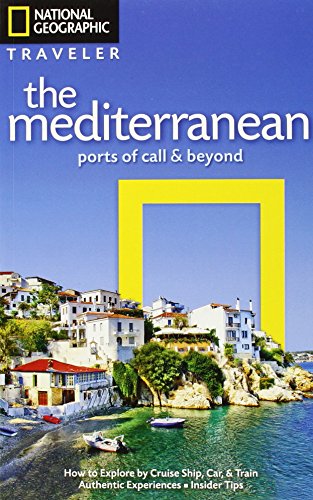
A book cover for National Geographic Traveler: The Mediterranean: Ports of Call and Beyond; Tim Jepson; Travel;